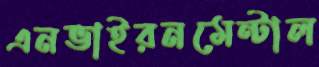
এনভাইরনমেন্টাল